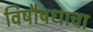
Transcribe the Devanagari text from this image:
विषौषधाचा